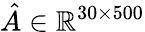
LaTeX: \hat{A}\in\mathbb{R}^{30\times 500}